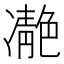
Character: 𩇝